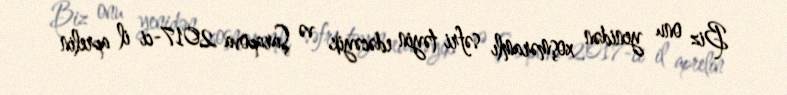
Biz onu yenidən xoşməramlı səfri təyin edəcəyik və Şarapova 2017-ci il aprelin